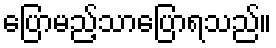
ပြောမည့်သာပြောရသည်။